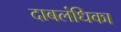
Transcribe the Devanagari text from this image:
दाबलंधिका